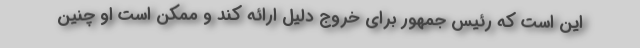
این است که رئیس جمهور برای خروج دلیل ارائه کند و ممکن است او چنین